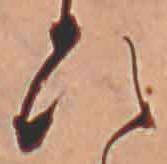
ひ